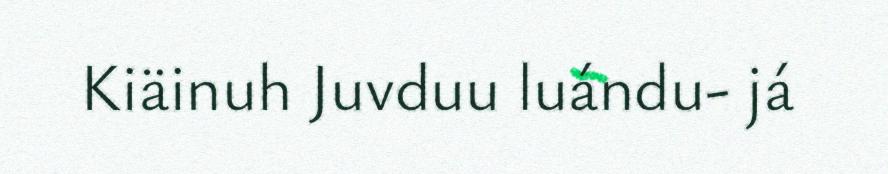
Kiäinuh Juvduu luándu- já